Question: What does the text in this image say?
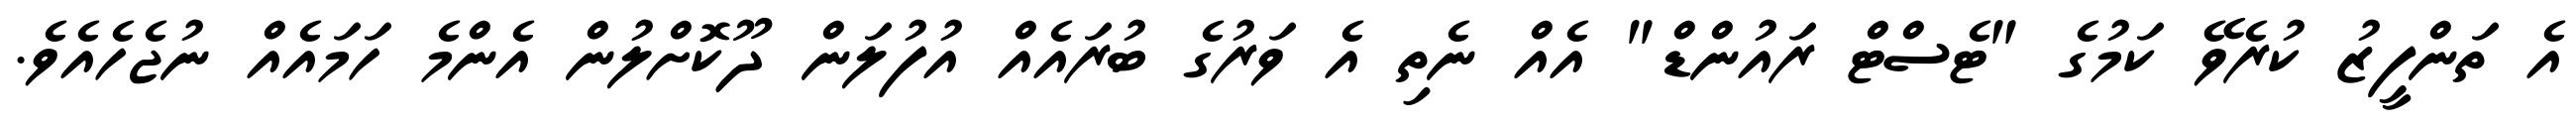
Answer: އެ ތަންފީޒު ކުރެވޭ ކަމުގެ "ޓެސްޓް ރައުންޑް" އެއް ނެތި އެ ވަރުގެ ބުރައެއް އުފުލަން ދޫކޮށްލުން އެންމެ ހަމައެއް ނުޖެހެއެވެ.